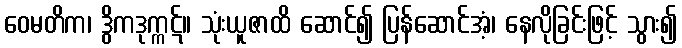
ဝေမတိက၊ ဒွိကဒုက္ကဋ်။ သုံးယူဇာထိ ဆောင်၍ ပြန်ဆောင်အံ့၊ နေလိုခြင်းဖြင့် သွား၍